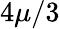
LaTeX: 4\mu/3